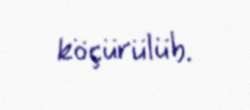
köçürülüb.